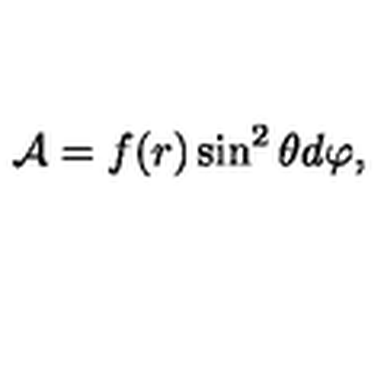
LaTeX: { \cal A } = f ( r ) \sin ^ { 2 } \theta d \varphi ,